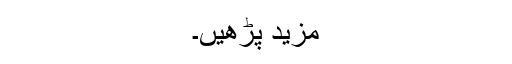
مزید پڑھیں۔